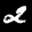
Label: 2